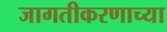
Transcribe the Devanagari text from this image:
जागतीकरणाच्या